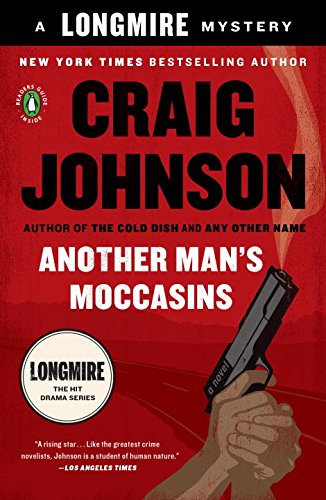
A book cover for Another Man's Moccasins: A Walt Longmire Mystery (A Longmire Mystery); Craig Johnson; Literature & Fiction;